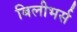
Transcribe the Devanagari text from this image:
बिलीभर्स